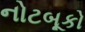
નોટબૂકો